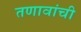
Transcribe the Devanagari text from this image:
तणावांची